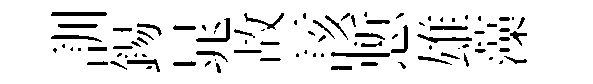
訓錫晁故該慙雄藻